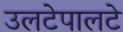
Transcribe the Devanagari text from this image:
उलटेपालटे